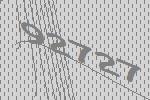
92727